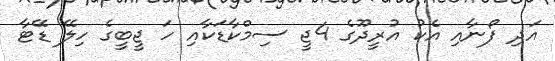
އަދި ފޯނާއި އެކު އުރީދޫގެ 4ޖީ ސިމްކާޑަކާއި ހަ ޖީބީގެ ހިލޭ ޑޭޓާ